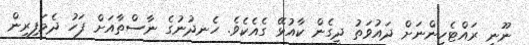
ނޫނީ ރައްޓެހިންނަށް ދައުވަތު ދީގެން ކާއުޅޭ ގެއެކެވެ. ހެނދުނުގެ ނާސްތާއަށް ފަހު ދެމަފިރިން